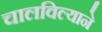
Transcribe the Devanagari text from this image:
चालविल्याने